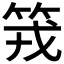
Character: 𥬪